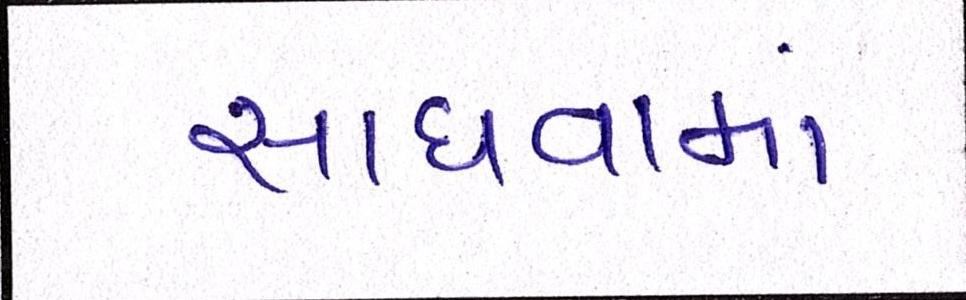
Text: સાધવામાં